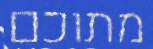
מתוכם